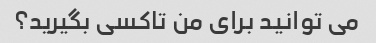
می توانید برای من تاکسی بگیرید؟